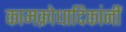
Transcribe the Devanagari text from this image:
कामक्रोधादिकांनीं